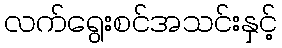
လက်ရွေးစင်အသင်းနှင့်